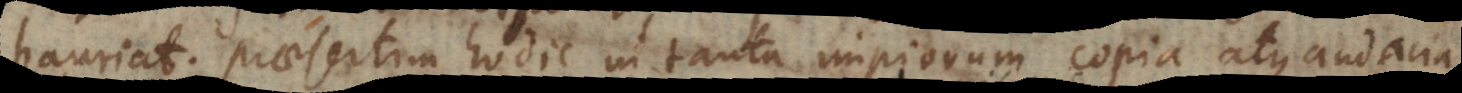
hauriat; praesertim hodie in tanta impiorum copia atque audacia